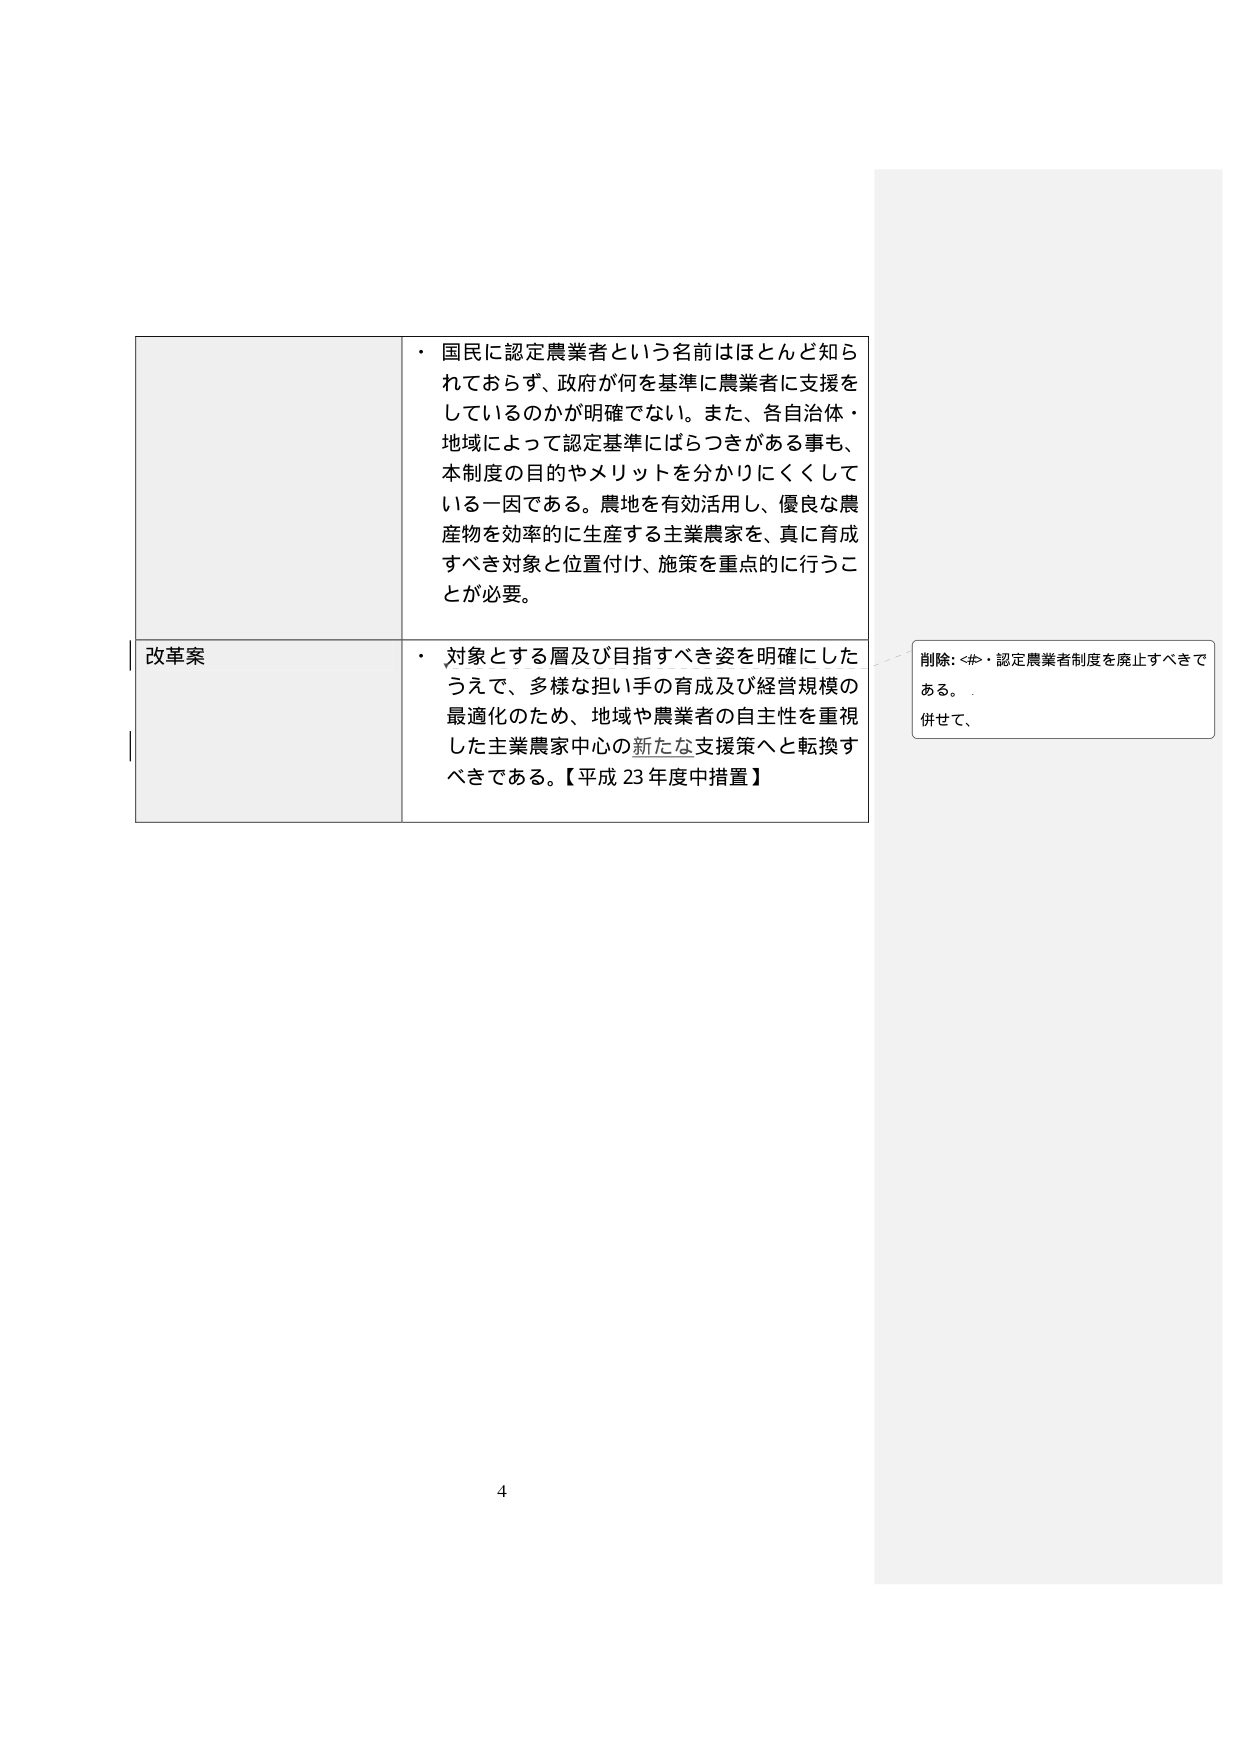
・国民に認定農業者という名前はほとんど知られておらず、政府が何を基準に農業者に支援をしているのかが明確でない。また、各自治体・地域によって認定基準にばらつきがある事も、本制度の目的やメリットを分かりにくくしている一因である。農地を有効活用し、優良な農産物を効率的に生産する主業農家を、真に育成すべき対象と位置付け、施策を重点的に行うことが必要。

改革案
・対象とする層及び目指すべき姿を明確にしたうえで、多様な担い手の育成及び経営規模の最適化のため、地域や農業者の自主性を重視した主業農家中心の新たな支援策へと転換すべきである。【平成23年度中措置】

削除: <#>・認定農業者制度を廃止すべきである。
併せて、
4